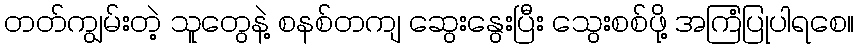
တတ်ကျွမ်းတဲ့ သူတွေနဲ့ စနစ်တကျ ဆွေးနွေးပြီး သွေးစစ်ဖို့ အကြံပြုပါရစေ။